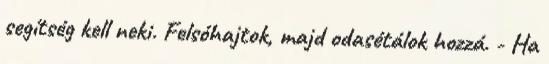
segítség kell neki. Felsóhajtok, majd odasétálok hozzá. - Ha